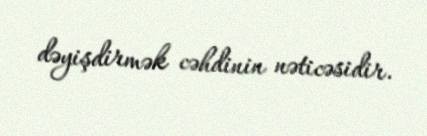
dəyişdirmək cəhdinin nəticəsidir.